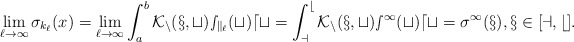
\begin{align*}\lim_{\ell \to \infty} \sigma_{k_\ell}(x) = \lim_{\ell \to \infty} \int_{a}^{b} \cal K_n(x,t) s_{k_\ell}(t)dt = \int_{a}^{b} \cal K_n(x,t) s^\infty(t)dt =\sigma^\infty(x), x\in [a,b].\end{align*}